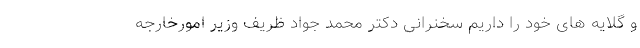
و گلایه های خود را داریم سخنرانی دکتر محمد جواد ظریف وزیر امورخارجه